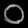
Digit: ၀